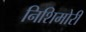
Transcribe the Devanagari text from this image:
निशिमोरी